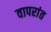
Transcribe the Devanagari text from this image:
वापरांत